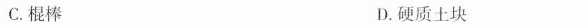
C.棍棒 D.硬质土块